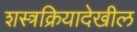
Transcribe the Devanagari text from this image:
शस्त्रक्रियादेखील